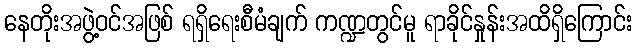
နေတိုးအဖွဲ့ဝင်အဖြစ် ရရှိရေးစီမံချက် ကဏ္ဍတွင်မူ ရာခိုင်နှုန်းအထိရှိကြောင်း